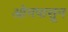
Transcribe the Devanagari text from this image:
ओगपासून